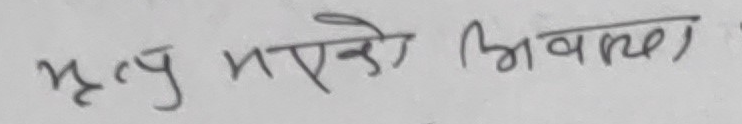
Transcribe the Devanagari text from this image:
मृत्यु भएको भावना